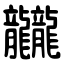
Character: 龖